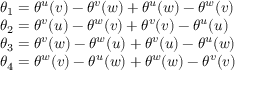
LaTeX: \begin{array} { l } { { \theta _ { 1 } = \theta ^ { u } ( v ) - \theta ^ { v } ( w ) + \theta ^ { u } ( w ) - \theta ^ { w } ( v ) } } \\ { { \theta _ { 2 } = \theta ^ { v } ( u ) - \theta ^ { w } ( v ) + \theta ^ { v } ( v ) - \theta ^ { u } ( u ) } } \\ { { \theta _ { 3 } = \theta ^ { v } ( w ) - \theta ^ { w } ( u ) + \theta ^ { v } ( u ) - \theta ^ { u } ( w ) } } \\ { { \theta _ { 4 } = \theta ^ { w } ( v ) - \theta ^ { u } ( w ) + \theta ^ { w } ( w ) - \theta ^ { v } ( v ) } } \end{array}